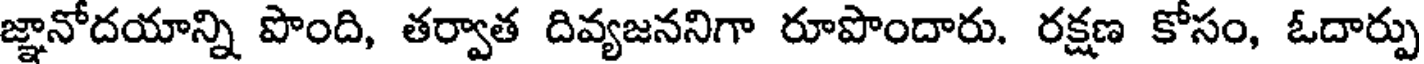
జ్ఞానోదయాన్ని పొంది, తర్వాత దివ్యజననిగా రూపొందారు. రక్షణ కోసం, ఓదార్పు